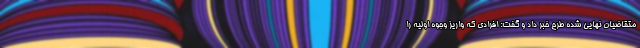
متقاضیان نهایی شده طرح خبر داد و گفت: افرادی که واریز وجوه اولیه را